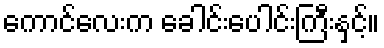
ကောင်လေးက ခေါင်းပေါင်းကြီးနှင့်။